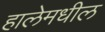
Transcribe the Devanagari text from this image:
हालेमधील